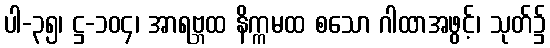
ပါ-၃၅၊ ဋ္ဌ-၁၀၄၊ အာရဗ္ဘထ နိက္ကမထ စသော ဂါထာအဖွင့်၊ သုတ်၌